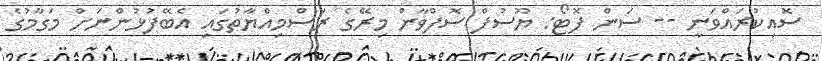
ސޮއިކުރައްވަނީ -- ސަން ފޮޓޯ: ޔޫސުފް ސޮފްވާން މިރޭގެ ރަސްމިއްޔާތުގައި އެބޭފުޅުންނަށް މަގާމުގެ